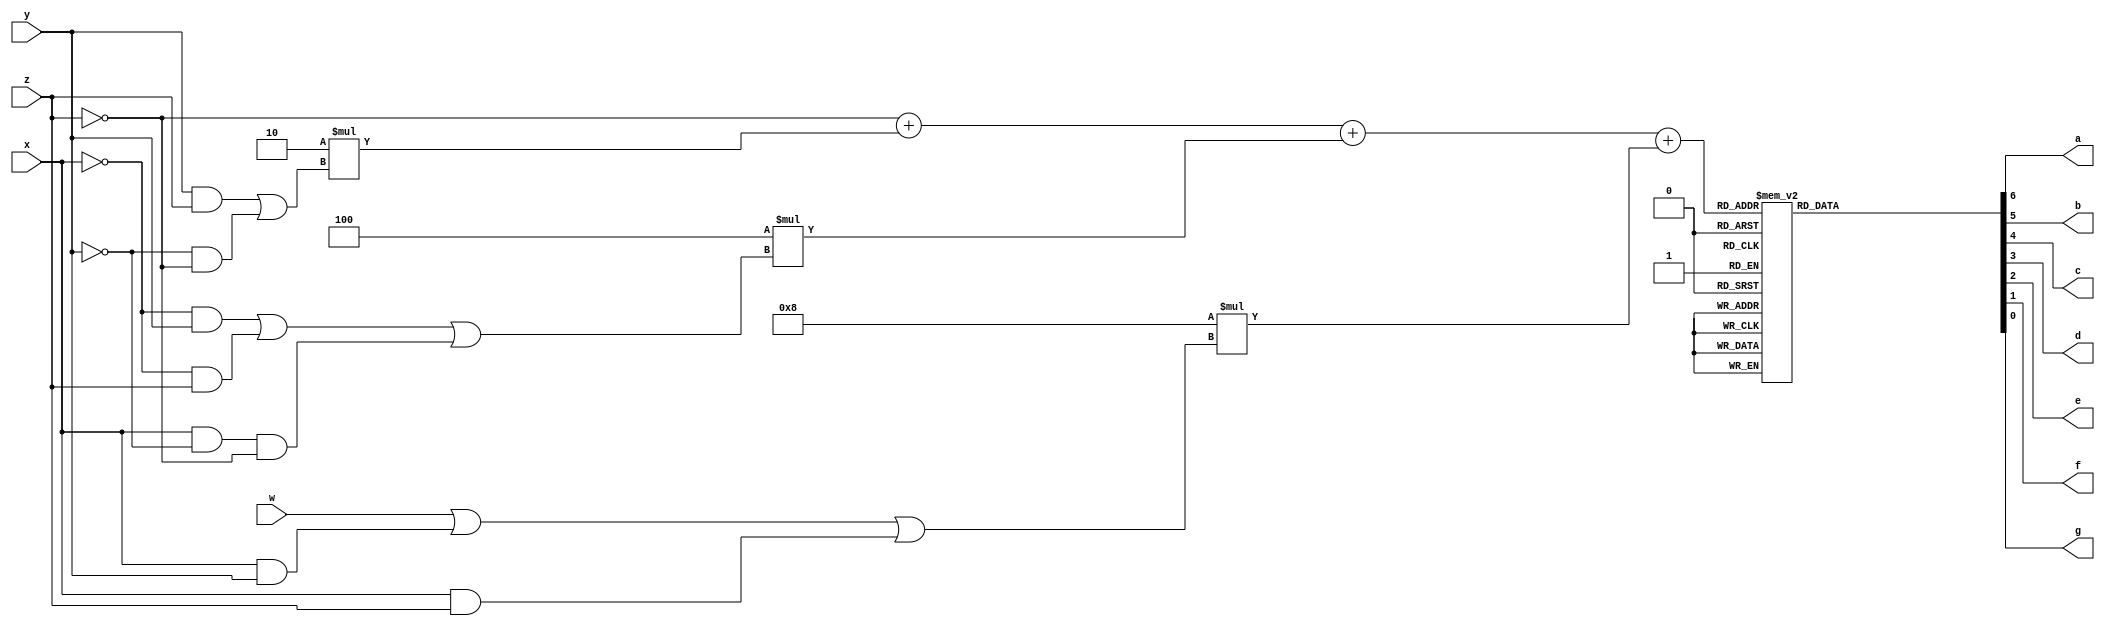
//implement a program that converts 4-bit binary to excess-3
module excess3(a,b,c,d,e,f,g,w,x,y,z);
output a,b,c,d,e,f,g;
input w,x,y,z;
wire A,B,C,D;
wire [3:0] pin;
function automatic [6:0] out;
input [3:0]inp;
begin
case(inp)
	0 :  out = 7'b0000001;
	1 :  out = 7'b1001111;
	2 :  out = 7'b0010010;
	3 :  out = 7'b0000110;
	4 :  out = 7'b1001100;
	5 :  out = 7'b0100100;
	6 :  out = 7'b1100000;
	7 :  out = 7'b0001111;
	8 :  out = 7'b0000000;
	9 :  out = 7'b0001100;
	default:  out = 7'b1111111;
	endcase
end
endfunction
assign  A = w||(x&&y)||(x&&z);
assign  B = (!x&&y)||(!x&&z)||(x&& !y && !z);
assign  C=(y&&z)||(!y && !z);
assign D=(!z);
 assign pin = (D+2*C+4*B+8*A);

 assign {a,b,c,d,e,f,g}=out(pin);

  endmodule